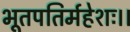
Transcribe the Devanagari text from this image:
भूतपतिर्महेशः।।